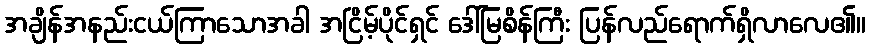
အချိန်အနည်းငယ်ကြာသောအခါ အငြိမ့်ပိုင်ရှင် ဒေါ်မြစိန်ကြီး ပြန်လည်ရောက်ရှိလာလေ၏။